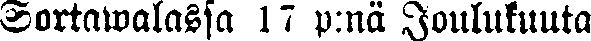
Sortawalassa 17 p:nä Joulukuuta